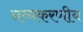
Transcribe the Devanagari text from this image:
नव्यकरणीय